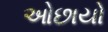
ઓછાયો